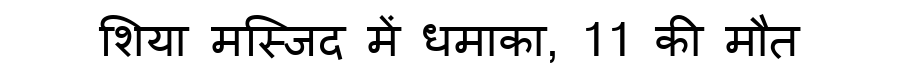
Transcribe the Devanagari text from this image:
शिया मस्जिद में धमाका, 11 की मौत